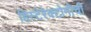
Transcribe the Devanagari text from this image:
हिस्टेरेक्टोमीची